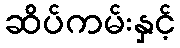
ဆိပ်ကမ်းနှင့်